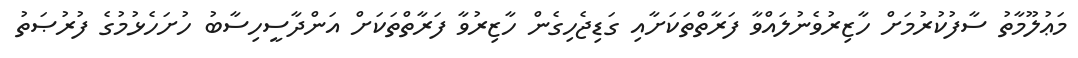
މަޢުލޫމާތު ސާފުކުރުމަށް ހާޒިރުވެނުލައްވާ ފަރާތްތަކަށާއި ގަޑިޖެހިގެން ހާޒިރުވާ ފަރާތްތަކަށް އަންދާސީހިސާބު ހުށަހެޅުމުގެ ފުރުޞަތު